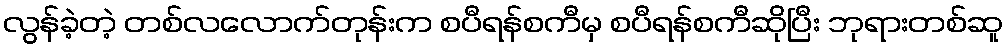
လွန်ခဲ့တဲ့ တစ်လလောက်တုန်းက စပီရန်စကီမှ စပီရန်စကီဆိုပြီး ဘုရားတစ်ဆူ